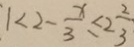
1 < 2 - \frac { x } { 3 } \leq 2 \frac { 2 } { 3 }